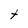
Character: t